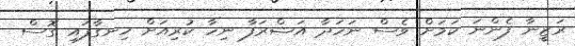
ރަޒީނާ ފެންނަ ކަމަށް ވެސް ނަހަދާ އަޝްރަފާ ނިހާ ކުރިއަށް ހިނގާފައި ގޮސް